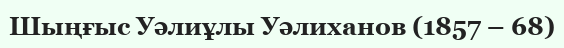
Шыңғыс Уәлиұлы Уәлиханов (1857 – 68)